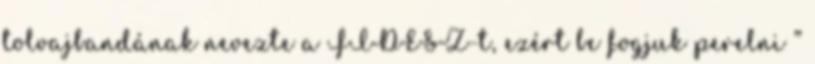
tolvajbandának nevezte a FIDESZ-t, ezért be fogjuk perelni ”